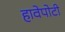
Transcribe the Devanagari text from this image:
हावेपोटी